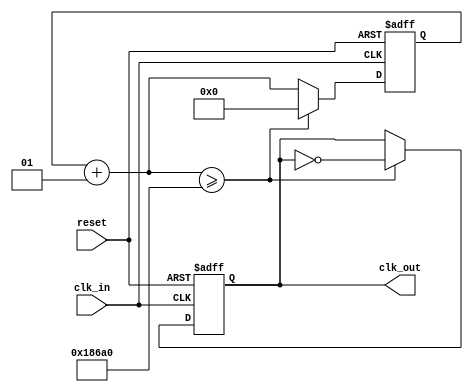
`timescale 1ns / 1ps
//////////////////////////////////////////////////////////////////////////////////
// 
// Version:        1.0 
// Description:    This is the clock divider file which converts the frequency
//                 of the clock into another frequency of the one desired. Since
//                 100MHz is too fast to view, we want to drop the frequency to 
//                 500Hz in this case.
//
//
//////////////////////////////////////////////////////////////////////////////////
module clock_divider_circuit(
    input clk_in,
    input reset,
    output reg clk_out
    );

integer i;

//***************************************************************
// The following verilog code will "divide" an incoming clock
// by the 32-bit deimal value specified in the "if condition"
//
// The value of the counter that counts the incoming clock ticks
// is equal to [ (Incoming Freq / Outgoing Freq) / 2 ]
//***************************************************************

always @ (posedge clk_in or posedge reset) 
begin
   if (reset == 1'b1) 
	begin
	   i = 0;
      clk_out = 0;
   end
	// got a clock, so increment the counter and
	// test to see if half a period has elapsed
	else 
	begin
	   i = i + 1;
		if (i >= 100000) // 100MHz/500Hz/2 = 100K ticks
		begin
		   clk_out = ~ clk_out;
			i = 0;
		end // if
	end // else
end // always

endmodule